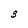
Character: 3